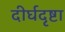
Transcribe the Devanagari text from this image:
दीर्घदृष्टा